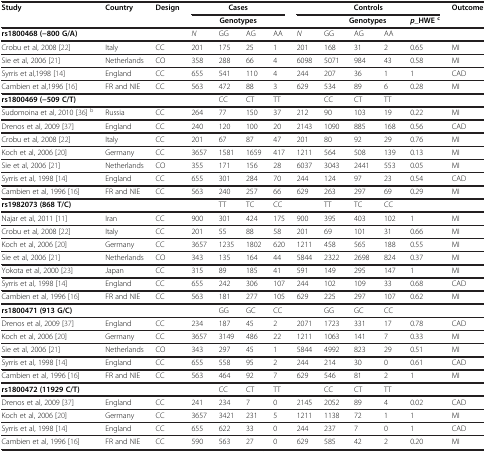
<table><thead><tr><td rowspan="2"><b>Study</b></td><td rowspan="2"><b>Country</b></td><td rowspan="2"><b>Design</b></td><td colspan="4"><b>Cases</b></td><td colspan="5"><b>Controls</b></td><td rowspan="2"><b>Outcome</b></td></tr><tr><td colspan="4"><b>Genotypes</b></td><td><b> </b></td><td colspan="3"><b>Genotypes</b></td><td><b><i>p</i>_HWE<sup>c</sup></b></td></tr><tr><td><b>rs1800468 (−800 G/A)</b></td><td><b> </b></td><td><b> </b></td><td><b><i>N</i></b></td><td><b>GG</b></td><td><b>AG</b></td><td><b>AA</b></td><td><b><i>N</i></b></td><td><b>GG</b></td><td><b>AG</b></td><td><b>AA</b></td><td><b> </b></td><td><b> </b></td></tr></thead><tbody><tr><td>Crobu et al, 2008[22]</td><td>Italy</td><td>CC</td><td>201</td><td>175</td><td>25</td><td>1</td><td>201</td><td>168</td><td>31</td><td>2</td><td>0.65</td><td>MI</td></tr><tr><td>Sie et al, 2006[21]</td><td>Netherlands</td><td>CO</td><td>358</td><td>288</td><td>66</td><td>4</td><td>6098</td><td>5071</td><td>984</td><td>43</td><td>0.58</td><td>MI</td></tr><tr><td>Syrris et al,1998[14]</td><td>England</td><td>CC</td><td>655</td><td>541</td><td>110</td><td>4</td><td>244</td><td>207</td><td>36</td><td>1</td><td>1</td><td>CAD</td></tr><tr><td>Cambien et al,1996[16]</td><td>FR and NIE</td><td>CC</td><td>563</td><td>472</td><td>88</td><td>3</td><td>629</td><td>534</td><td>89</td><td>6</td><td>0.28</td><td>MI</td></tr><tr><td><b>rs1800469 (−509 C/T)</b></td><td> </td><td> </td><td> </td><td>CC</td><td>CT</td><td>TT</td><td> </td><td>CC</td><td>CT</td><td>TT</td><td> </td><td> </td></tr><tr><td>Sudomoina et al, 2010[36]<sup>b</sup></td><td>Russia</td><td>CC</td><td>264</td><td>77</td><td>150</td><td>37</td><td>212</td><td>90</td><td>103</td><td>19</td><td>0.22</td><td>MI</td></tr><tr><td>Drenos et al, 2009[37]</td><td>England</td><td>CC</td><td>240</td><td>120</td><td>100</td><td>20</td><td>2143</td><td>1090</td><td>885</td><td>168</td><td>0.56</td><td>CAD</td></tr><tr><td>Crobu et al, 2008[22]</td><td>Italy</td><td>CC</td><td>201</td><td>67</td><td>87</td><td>47</td><td>201</td><td>80</td><td>92</td><td>29</td><td>0.76</td><td>MI</td></tr><tr><td>Koch et al, 2006[20]</td><td>Germany</td><td>CC</td><td>3657</td><td>1581</td><td>1659</td><td>417</td><td>1211</td><td>564</td><td>508</td><td>139</td><td>0.13</td><td>MI</td></tr><tr><td>Sie et al, 2006[21]</td><td>Netherlands</td><td>CO</td><td>355</td><td>171</td><td>156</td><td>28</td><td>6037</td><td>3043</td><td>2441</td><td>553</td><td>0.05</td><td>MI</td></tr><tr><td>Syrris et al, 1998[14]</td><td>England</td><td>CC</td><td>655</td><td>301</td><td>284</td><td>70</td><td>244</td><td>124</td><td>97</td><td>23</td><td>0.54</td><td>CAD</td></tr><tr><td>Cambien et al, 1996[16]</td><td>FR and NIE</td><td>CC</td><td>563</td><td>240</td><td>257</td><td>66</td><td>629</td><td>263</td><td>297</td><td>69</td><td>0.29</td><td>MI</td></tr><tr><td><b>rs1982073 (868 T/C)</b></td><td> </td><td> </td><td> </td><td>TT</td><td>TC</td><td>CC</td><td> </td><td>TT</td><td>TC</td><td>CC</td><td> </td><td> </td></tr><tr><td>Najar et al, 2011[11]</td><td>Iran</td><td>CC</td><td>900</td><td>301</td><td>424</td><td>175</td><td>900</td><td>395</td><td>403</td><td>102</td><td>1</td><td>MI</td></tr><tr><td>Crobu et al, 2008[22]</td><td>Italy</td><td>CC</td><td>201</td><td>55</td><td>88</td><td>58</td><td>201</td><td>69</td><td>101</td><td>31</td><td>0.66</td><td>MI</td></tr><tr><td>Koch et al, 2006[20]</td><td>Germany</td><td>CC</td><td>3657</td><td>1235</td><td>1802</td><td>620</td><td>1211</td><td>458</td><td>565</td><td>188</td><td>0.55</td><td>MI</td></tr><tr><td>Sie et al, 2006[21]</td><td>Netherlands</td><td>CO</td><td>343</td><td>135</td><td>164</td><td>44</td><td>5844</td><td>2322</td><td>2698</td><td>824</td><td>0.37</td><td>MI</td></tr><tr><td>Yokota et al, 2000[23]</td><td>Japan</td><td>CC</td><td>315</td><td>89</td><td>185</td><td>41</td><td>591</td><td>149</td><td>295</td><td>147</td><td>1</td><td>MI</td></tr><tr><td>Syrris et al, 1998[14]</td><td>England</td><td>CC</td><td>655</td><td>242</td><td>306</td><td>107</td><td>244</td><td>102</td><td>109</td><td>33</td><td>0.68</td><td>CAD</td></tr><tr><td>Cambien et al, 1996[16]</td><td>FR and NIE</td><td>CC</td><td>563</td><td>181</td><td>277</td><td>105</td><td>629</td><td>225</td><td>297</td><td>107</td><td>0.62</td><td>MI</td></tr><tr><td><b>rs1800471 (913 G/C)</b></td><td> </td><td> </td><td> </td><td>GG</td><td>GC</td><td>CC</td><td> </td><td>GG</td><td>GC</td><td>CC</td><td> </td><td> </td></tr><tr><td>Drenos et al, 2009[37]</td><td>England</td><td>CC</td><td>234</td><td>187</td><td>45</td><td>2</td><td>2071</td><td>1723</td><td>331</td><td>17</td><td>0.78</td><td>CAD</td></tr><tr><td>Koch et al, 2006[20]</td><td>Germany</td><td>CC</td><td>3657</td><td>3149</td><td>486</td><td>22</td><td>1211</td><td>1063</td><td>141</td><td>7</td><td>0.33</td><td>MI</td></tr><tr><td>Sie et al, 2006[21]</td><td>Netherlands</td><td>CO</td><td>343</td><td>297</td><td>45</td><td>1</td><td>5844</td><td>4992</td><td>823</td><td>29</td><td>0.51</td><td>MI</td></tr><tr><td>Syrris et al, 1998[14]</td><td>England</td><td>CC</td><td>655</td><td>558</td><td>95</td><td>2</td><td>244</td><td>214</td><td>30</td><td>0</td><td>0.61</td><td>CAD</td></tr><tr><td>Cambien et al, 1996[16]</td><td>FR and NIE</td><td>CC</td><td>563</td><td>464</td><td>92</td><td>7</td><td>629</td><td>546</td><td>81</td><td>2</td><td>1</td><td>MI</td></tr><tr><td><b>rs1800472 (11929 C/T)</b></td><td> </td><td> </td><td> </td><td>CC</td><td>CT</td><td>TT</td><td> </td><td>CC</td><td>CT</td><td>TT</td><td> </td><td> </td></tr><tr><td>Drenos et al, 2009[37]</td><td>England</td><td>CC</td><td>241</td><td>234</td><td>7</td><td>0</td><td>2145</td><td>2052</td><td>89</td><td>4</td><td>0.02</td><td>CAD</td></tr><tr><td>Koch et al, 2006[20]</td><td>Germany</td><td>CC</td><td>3657</td><td>3421</td><td>231</td><td>5</td><td>1211</td><td>1138</td><td>72</td><td>1</td><td>1</td><td>MI</td></tr><tr><td>Syrris et al, 1998[14]</td><td>England</td><td>CC</td><td>655</td><td>622</td><td>33</td><td>0</td><td>244</td><td>237</td><td>7</td><td>0</td><td>1</td><td>CAD</td></tr><tr><td>Cambien et al, 1996[16]</td><td>FR and NIE</td><td>CC</td><td>590</td><td>563</td><td>27</td><td>0</td><td>629</td><td>585</td><td>42</td><td>2</td><td>0.20</td><td>MI</td></tr></tbody></table>